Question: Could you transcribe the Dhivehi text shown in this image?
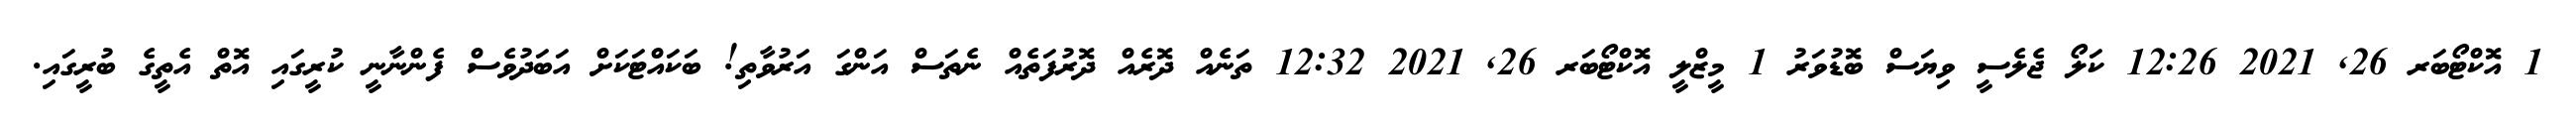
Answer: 1 އޮކްޓޯބަރ 26, 2021 12:26 ކަލޯ ޖެލެސީ ވިޔަސް ބޮޑުވަރު 1 މީޒްލީ އޮކްޓޯބަރ 26, 2021 12:32 ތަނެއް ދޮރެއް ދޮރުފަތެއް ނެތަސް އަންގަ އަރުވާތި! ބަކައްޓަކަށް އަބަދުވެސް ފެންނާނީ ކުރީގައި އޮތް އެތީގެ ބުރީގައި.